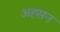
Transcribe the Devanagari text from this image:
अह्सन